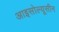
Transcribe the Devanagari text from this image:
आइसोल्यूसीन